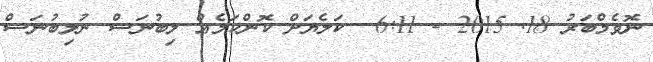
ނޮވެމްބަރު 18